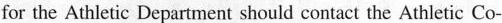
for the Athletic Department should contact the Athletic Co-